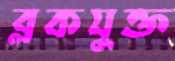
ব্লকযুক্ত